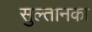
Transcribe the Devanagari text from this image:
सुल्तानका